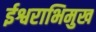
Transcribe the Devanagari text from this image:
ईश्वराभिमुख